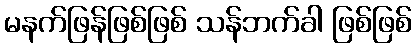
မနက်ဖြန်ဖြစ်ဖြစ် သန်ဘက်ခါ ဖြစ်ဖြစ်